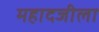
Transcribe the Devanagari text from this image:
महादजीला